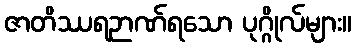
ဇာတိဿရဉာဏ်ရသော ပုဂ္ဂိုလ်များ။